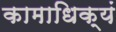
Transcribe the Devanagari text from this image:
कामाधिक्यं